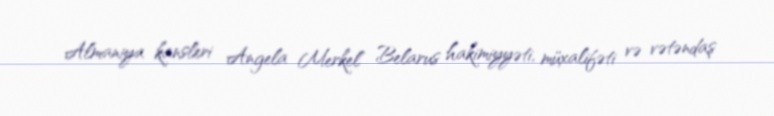
Almaniya kansleri Angela Merkel Belarus hakimiyyəti, müxalifəti və vətəndaş